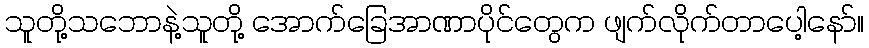
သူတို့သဘောနဲ့သူတို့ အောက်ခြေအာဏာပိုင်တွေက ဖျက်လိုက်တာပေါ့နော်။